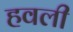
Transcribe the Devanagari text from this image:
हवली